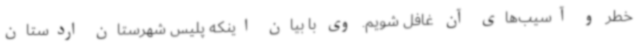
خطر و آسیب‌های آن غافل شویم. وی با بیان اینکه پلیس شهرستان اردستان